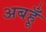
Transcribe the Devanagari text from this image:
अबहूँ